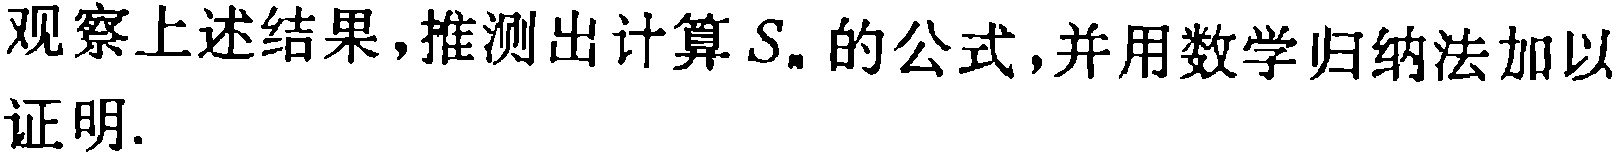
观察上述结果，推测出计算\(S_{n}\)的公式，并用数学归纳法加以证明.